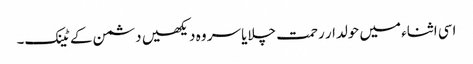
اسی اثناء میں حولدار رحمت چلایا سر وہ دیکھیں دشمن کے ٹینک۔